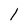
Character: l